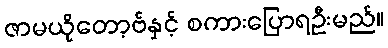
ဇာမယိုတော့ဗ်နှင့် စကားပြောရဦးမည်။